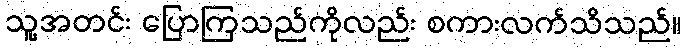
သူ့အတင်း ပြောကြသည်ကိုလည်း စကားလက်သိသည်။